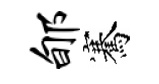
郇騫